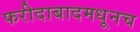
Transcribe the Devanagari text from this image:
फरीदाबादमधूनच